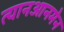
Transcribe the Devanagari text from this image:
त्यानआनमेन